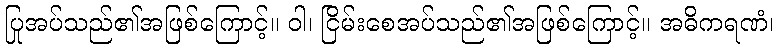
ပြုအပ်သည်၏အဖြစ်ကြောင့်။ ဝါ၊ ငြိမ်းစေအပ်သည်၏အဖြစ်ကြောင့်။ အဓိကရဏံ၊